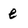
Character: e